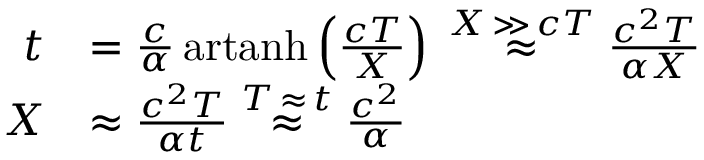
{ \begin{array} { r l } { t } & { = { \frac { c } { \alpha } } \operatorname { a r t a n h } \left( { \frac { c T } { X } } \right) \; { \overset { X \, \gg \, c T } { \approx } } \; { \frac { c ^ { 2 } T } { \alpha X } } } \\ { X } & { \approx { \frac { c ^ { 2 } T } { \alpha t } } \; { \overset { T \, \approx \, t } { \approx } } \; { \frac { c ^ { 2 } } { \alpha } } } \end{array} }